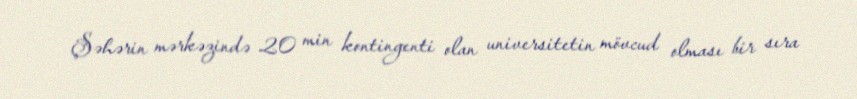
Şəhərin mərkəzində 20 min kontingenti olan universitetin mövcud olması bir sıra